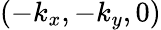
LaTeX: (-k_{x},-k_{y},0)